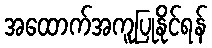
အထောက်အကူပြုနိုင်ရန်